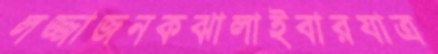
লজ্জাজনকঝালাইবারযাত্র